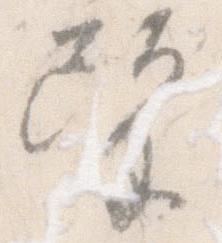
望